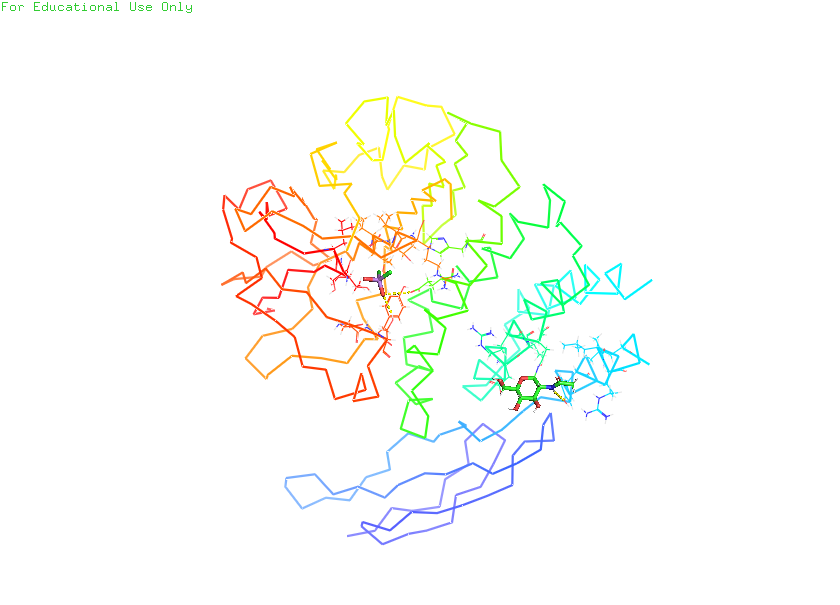
pymol, preset, ligands